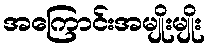
အကြောင်းအမျိုးမျိုး